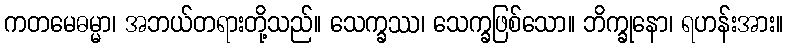
ကတမေဓမ္မာ၊ အဘယ်တရားတို့သည်။ သေက္ခဿ၊ သေက္ခဖြစ်သော။ ဘိက္ခုနော၊ ရဟန်းအား။